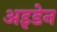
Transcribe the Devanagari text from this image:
अइडेन